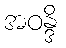
အဝန္ဒိ